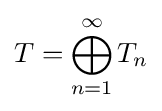
T=\bigoplus _{n=1}^{\infty }T_{n}